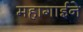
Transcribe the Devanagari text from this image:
महागाईने